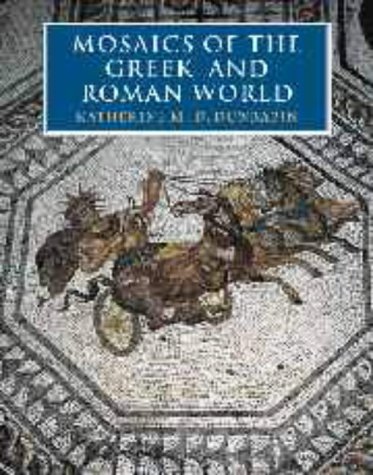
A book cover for Mosaics of the Greek and Roman World; Katherine M. D. Dunbabin; Arts & Photography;